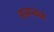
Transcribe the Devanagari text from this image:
समन्वक